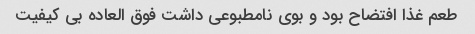
طعم غذا افتضاح بود و بوی نامطبوعی داشت فوق العاده بی کیفیت